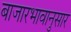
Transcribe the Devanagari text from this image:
बाजारभावानुसार